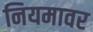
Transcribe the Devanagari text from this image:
नियमावर